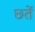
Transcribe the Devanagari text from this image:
छ्तें